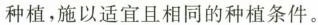
种植，施以适宜且相同的种植条件。